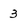
Character: 3